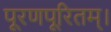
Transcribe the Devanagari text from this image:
पूरणपूरितम्।